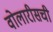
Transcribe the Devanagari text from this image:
वोलारीसची